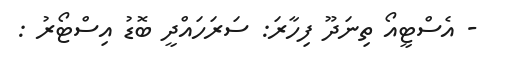
- އެސްޓީއޯ ތިނަދޫ ފިހާރަ: ސަރަހައްދީ ބޮޑު އިސްޓޯރު :